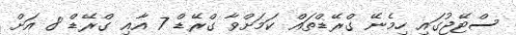
ސްޓޭޖުގައި ހިމެނޭ ގްރޭޑްތައް ކަމަށްވާ ގްރޭޑް 7 އާއި ގްރޭޑް 8 އަށް